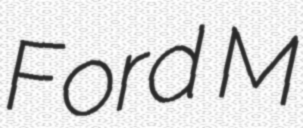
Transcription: Ford M